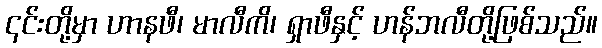
၎င်းတို့မှာ ဟာနဖီ၊ မာလီကိ၊ ရှာဖီနှင့် ဟန်ဘလီတို့ဖြစ်သည်။